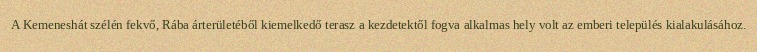
A Kemeneshát szélén fekvő, Rába árterületéből kiemelkedő terasz a kezdetektől fogva alkalmas hely volt az emberi település kialakulásához.